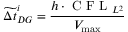
\widetilde { \Delta t } _ { D G } ^ { i } = \frac { h \cdot \mathrm { ~ C ~ F ~ L ~ } _ { L ^ { 2 } } } { V _ { \operatorname* { m a x } } }